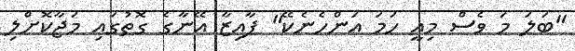
"ބަލަ މަ ވެސް މިއީ ހަމަ އަންހެނެކޭ" ފާއިޒާ އޭނާގެ ގޮތުގައި މަޖާކޮށްލި